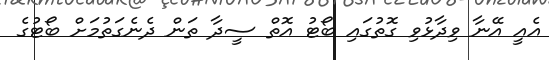
އެއީ އޭނާ ވިދާޅުވި ގޮތުގައި ބޯޓު އޮތް ސީދާ ތަން ދެނެގަތުމަށް ބޯޓުގެ